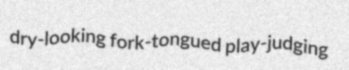
dry-looking fork-tongued play-judging